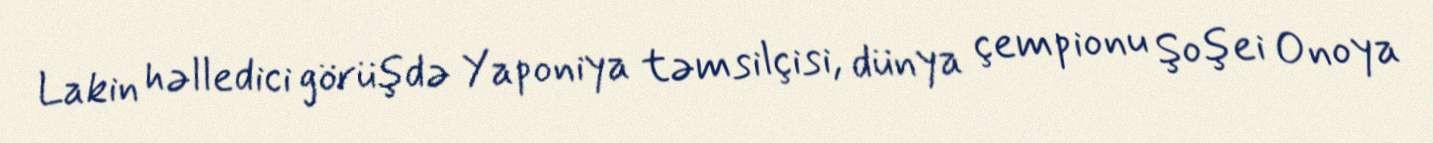
Lakin həlledici görüşdə Yaponiya təmsilçisi, dünya çempionu Şoşei Onoya